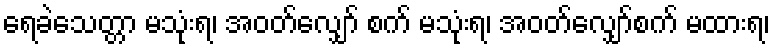
ရေခဲသေတ္တာ မသုံးရ၊ အဝတ်လျှော် စက် မသုံးရ၊ အဝတ်လျှော်စက် မထားရ၊